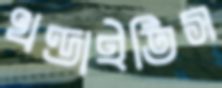
খণ্ডাইতিস